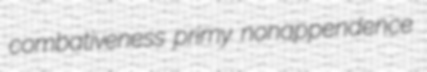
combativeness primy nonappendence